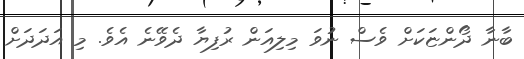
ބާނާ ދޯންޏަކަށް ވެސް ނުވަ މިލިއަން ރުފިޔާ ދެވޭނެ އެވެ. މި އަދަދަށް